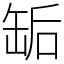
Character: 缿